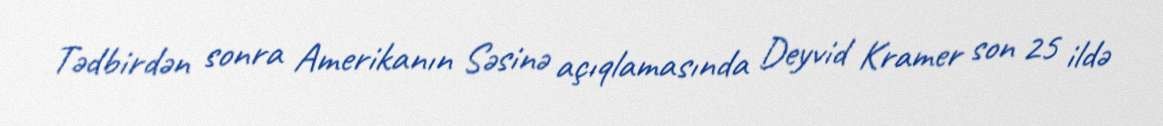
Tədbirdən sonra Amerikanın Səsinə açıqlamasında Deyvid Kramer son 25 ildə